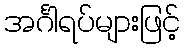
အင်္ဂါရပ်များဖြင့်